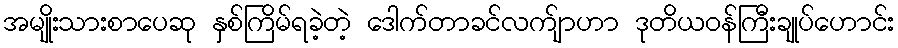
အမျိုးသားစာပေဆု နှစ်ကြိမ်ရခဲ့တဲ့ ဒေါက်တာခင်လက်ျာဟာ ဒုတိယဝန်ကြီးချုပ်ဟောင်း